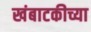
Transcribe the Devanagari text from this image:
खंबाटकीच्या